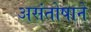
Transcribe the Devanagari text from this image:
असंतोषाने